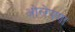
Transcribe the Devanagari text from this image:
ओलेपणा